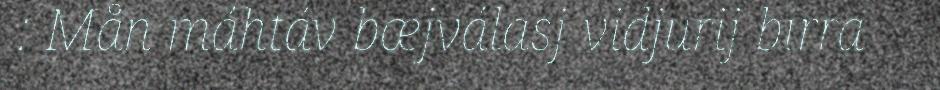
: Mån máhtáv bæjválasj vidjurij birra